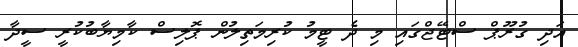
އަދި ގުރޫޕް ސްޓޭޖްގައި މި ދެ ޓީމު ކުރިމަތިލުން ޕޮލިސް ކާމިޔާބުކުރީ ސީދާ